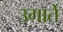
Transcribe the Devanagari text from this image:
उगार्ते